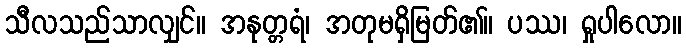
သီလသည်သာလျှင်။ အနုတ္တရံ၊ အတုမရှိမြတ်၏။ ပဿ၊ ရှုပါလော။